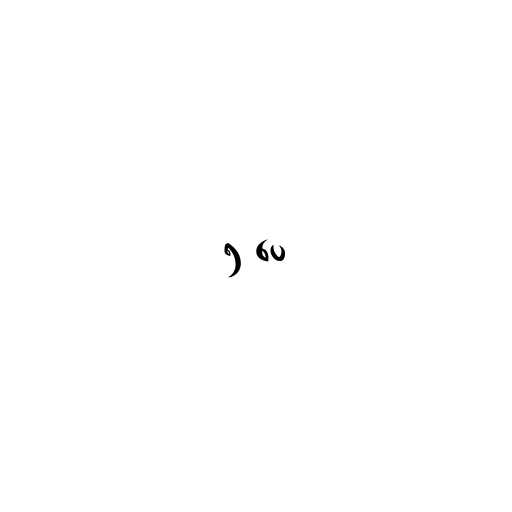
၅ ပေ